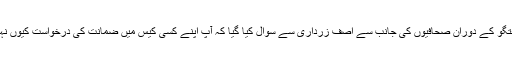
غیر رسمی گفتگو کے دوران صحافیوں کی جانب سے آصف زرداری سے سوال کیا گیا کہ آپ اپنے کسی کیس میں ضمانت کی درخواست کیوں نہیں دے رہے؟